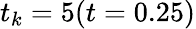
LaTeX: t_{k}=5(t=0.25)